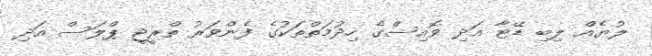
ލުޔެއް ލިބި ޑޭޓާ އަދި ވޮއިސްގެ ހިދުމަތްތަކުގެ ފެންވަރު ތްރީޖީ ޕްލަސް އަދި